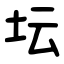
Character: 坛